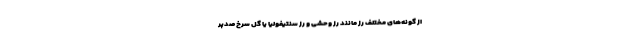
از گونه‌های مختلف رز مانند رز وحشی و رز سنتیفولیا یا گل سرخ صدپر